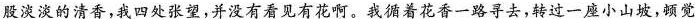
股淡淡的清香，我四处张望，并没有看见有花啊。我循着花香一路寻去，转过一座小山坡，顿觉